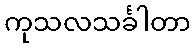
ကုသလသင်္ခါတာ